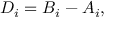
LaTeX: D _ { i } = B _ { i } - A _ { i } ,